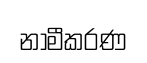
නාමීකරණ